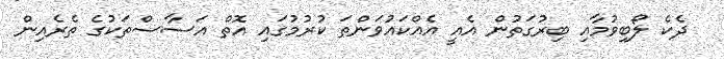
ދެކެ ލޯބިވުމާއި ބިރުގަތުން އެއީ އެއްކައުވަންތަ ކުރުމުގައި އޮތް އަސާސްތަކުގެ ތެރެއިން